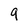
Character: 9